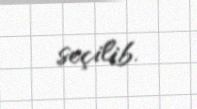
seçilib.